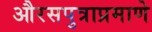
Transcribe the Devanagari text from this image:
औरसपुत्राप्रमाणे